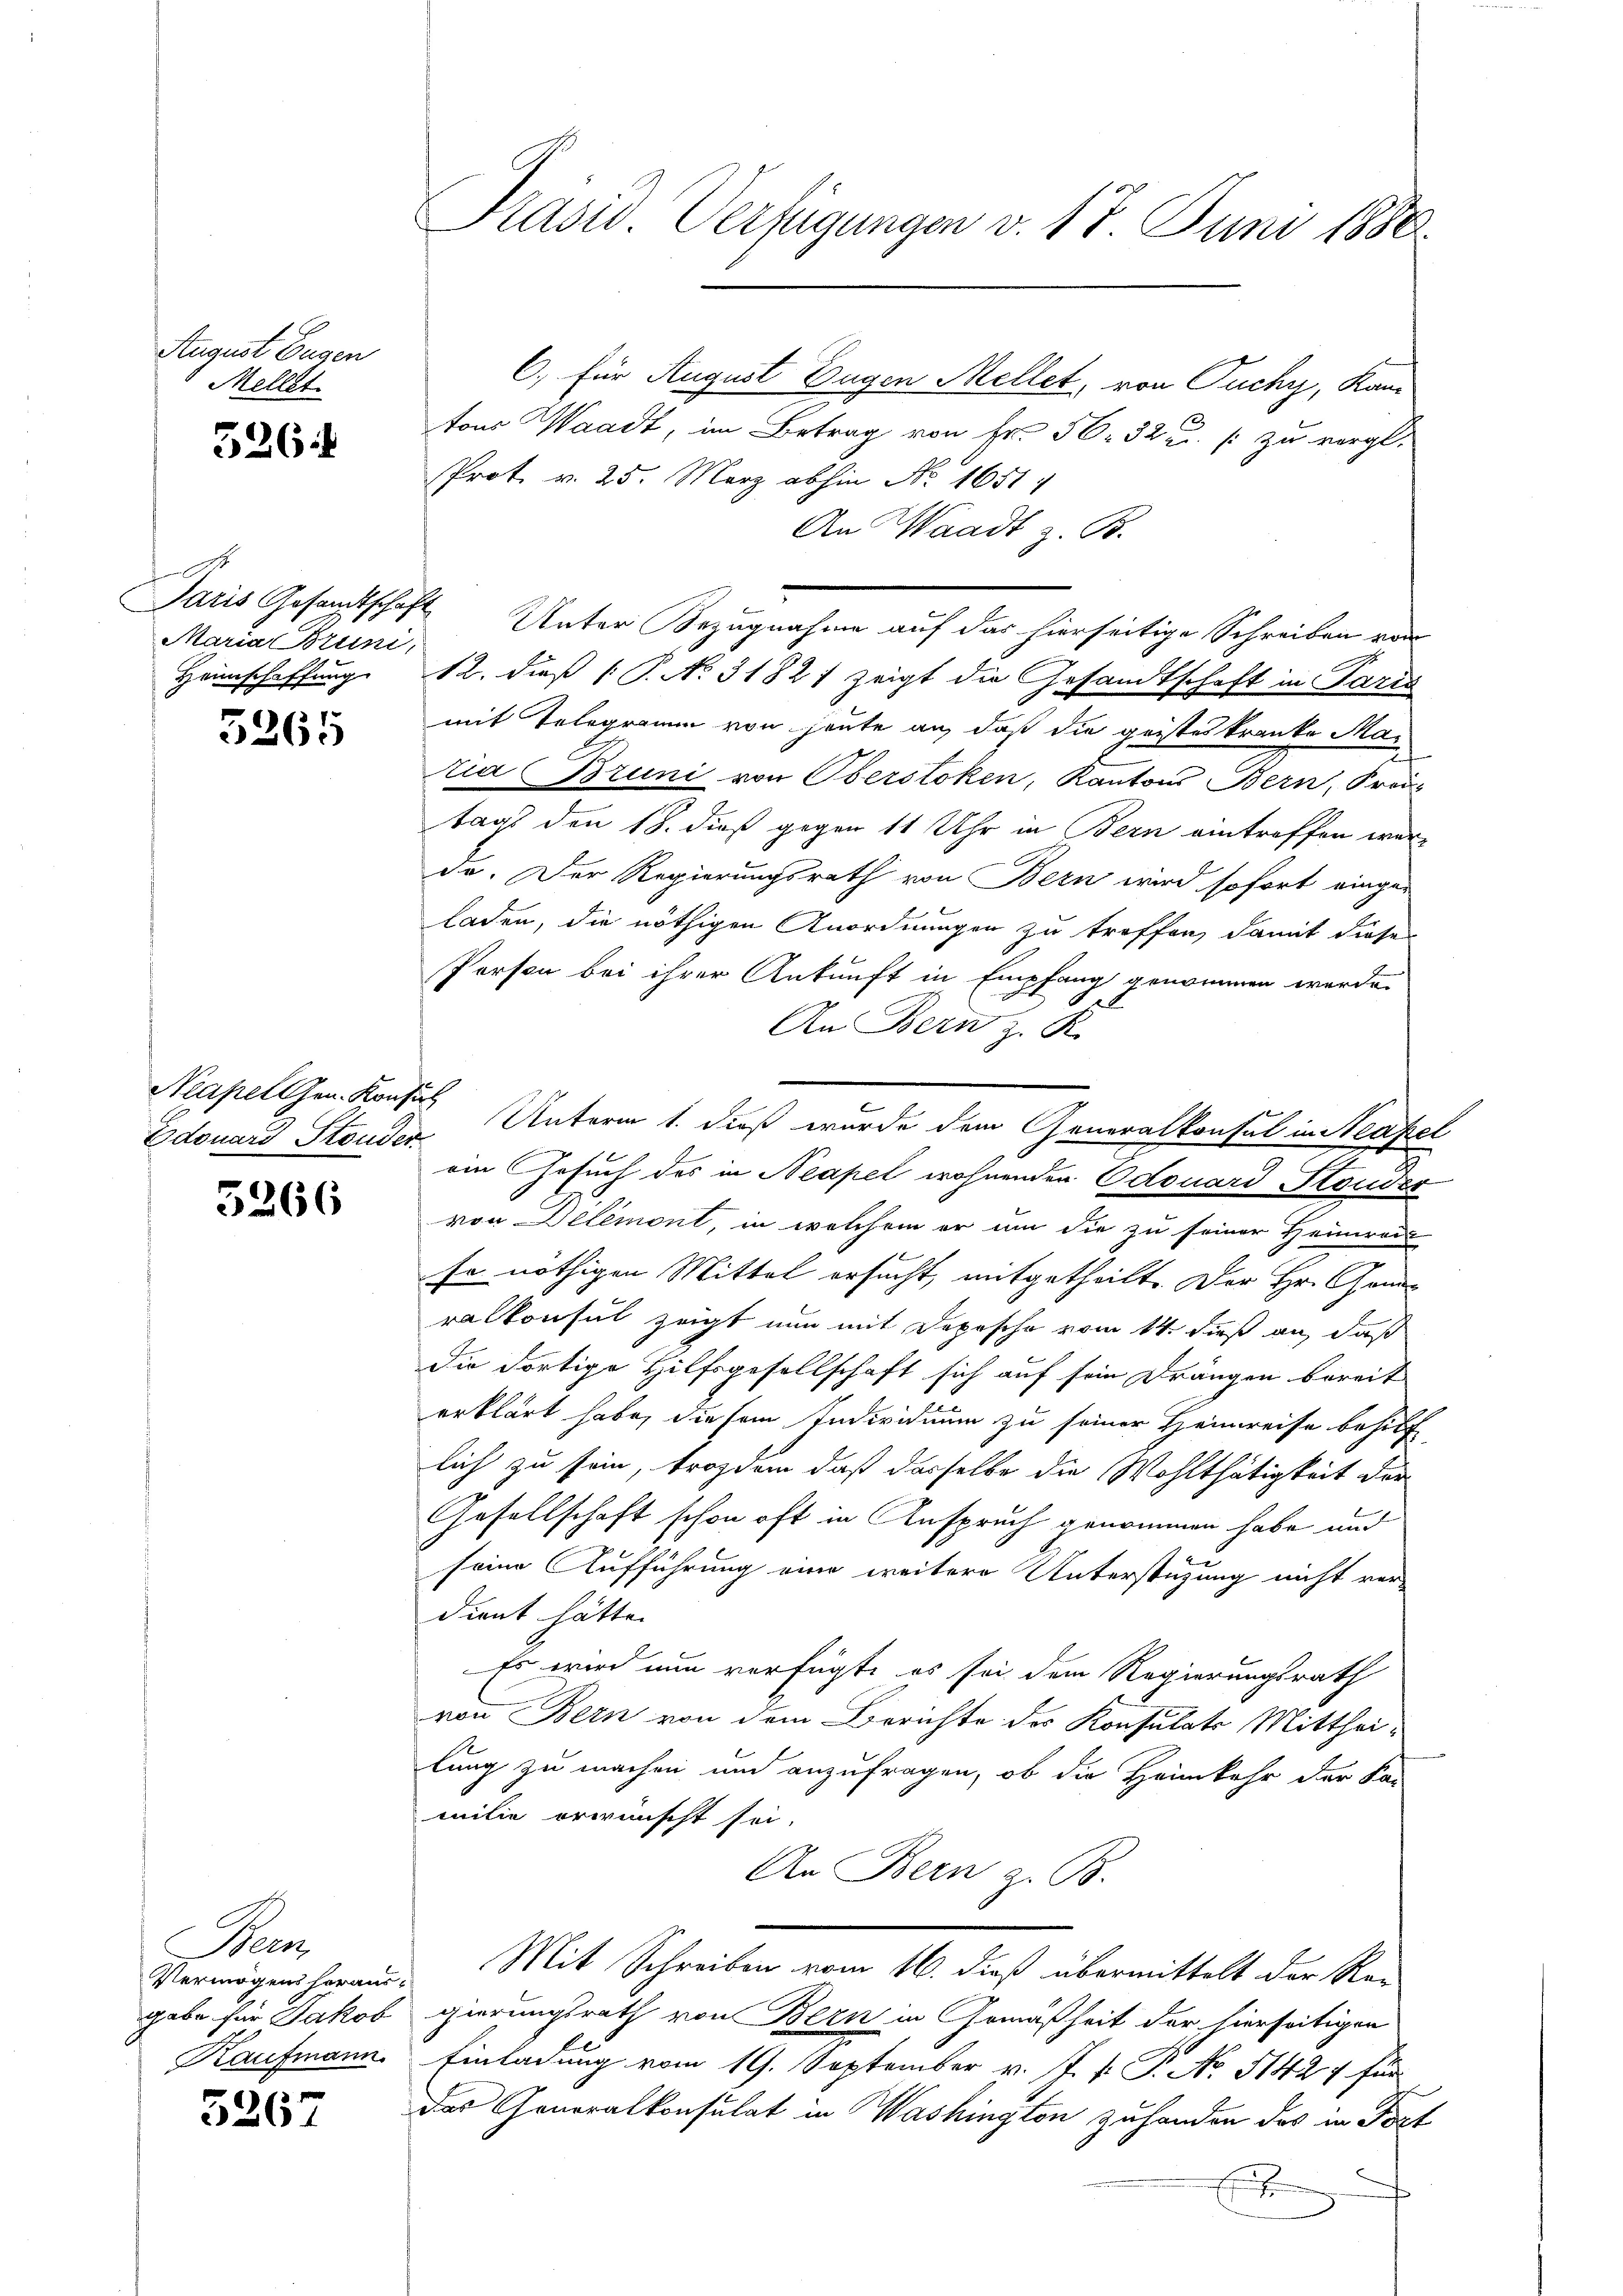
August Eugen
Mellet

526.

Maria Bruni,
Heimschaffung

5265

Neapellen. Konfir
Edouard Stonder

5266

Men
gabe für Jakob
Kaufmann.

3267

Präsid. Verfügungen v. 17. Juni 1880.

6) für August Eugen Mellet, von Tuchy, Kan-
tons Waadt, im Betrag von Fr. 50. 32 u. s. zu vergl.
Prot. v. 25. März abhin No. 16514
An Waadt z. B.
mit Telegramm von heute an, daß die geisteskranke Mar
zia Bruni von Oberstoken, Kantons Bern, Prä-
tags den 18. dieß gegen 11 Uhr in Bern eintreffen wäre
da. Der Regierungsrath von Bern wird sofort einge-
laden, die nöthigen Anordnungen zu treffen, damit diese
Person bei ihrer Ankunft in Empfang genommen werde.
An Bern z. K.
ein Gesuch des in Neapel wohnenden Odouard Stander
von Delémont, in welchem er um die zu seiner Heimrade
so nöthigen Mittel ersucht, mitgetheilt. Der Hr. Ganralkonsul zeigt nun mit Depesche vom 14. dieß an, daß
die dortige Hilfsgesellschaft sich auf sein Drängen bereit
erklärt habe, diesem Individuum zu seiner Heimreise behilf
lich zu sein, trozdem daß dasselbe die Wohlthätigkeit der
Gesellschaft schon oft in Anspruch genommen habe und
seine Aufführung eine weitere Unterstützung nicht ver-
dient hätte.
Es wird nun verfügte es sei dem Regierungsrath
von Bern von dem Berichte des Konsulats Mitthei-
lung zu machen und anzufragen, ob die Heimkehr der Kar
milie erwünscht sei.
An Bern z. B.
Vermögenshoram. Mit Schreiben vom 16. dieß übermittelt der Re-
gierungsrath von Bern in Gemäßheit der hierseitigen
Einladung vom 19. September v. J. P. P. No. 51424 für
Das Generalkonsulat in Washington zuhanden das in Fort
2

Paris Gesandtschaft Unter Bezugnahme auf das hierseitige Schreiben vor
12. dieß ( P. No. 3182) zeigt die Gesandtschaft in Paris

Unterm 1. dieß wurde dem Generalkonsul in Neapel